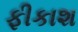
ફીકાશ